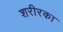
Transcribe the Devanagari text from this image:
शरीरका